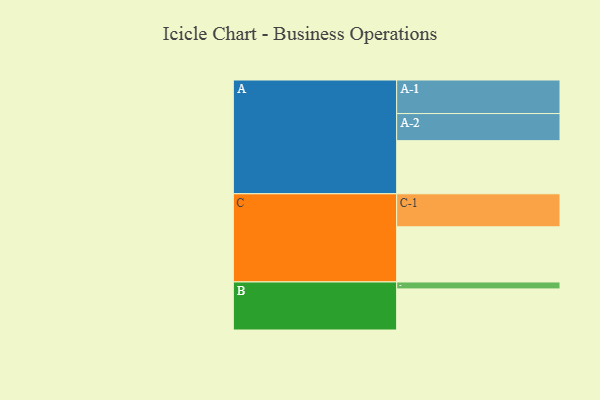
{"axis": {"x": "Segment", "y": "Value"}, "legend": ["", "A", "B", "C"], "data": [{"x": "A", "y": 467, "type": ""}, {"x": "B", "y": 361, "type": ""}, {"x": "C", "y": 485, "type": ""}, {"x": "A-1", "y": 295, "type": "A"}, {"x": "A-2", "y": 238, "type": "A"}, {"x": "B-1", "y": 61, "type": "B"}, {"x": "C-1", "y": 290, "type": "C"}]}